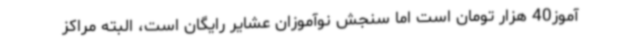
آموز40 هزار تومان است اما سنجش نوآموزان عشایر رایگان است، البته مراکز